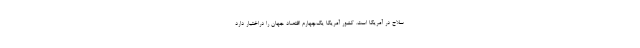
سلاح در آمریکا است. کشور آمریکا یک‌چهارم اقتصاد جهان را دراختیار دارد